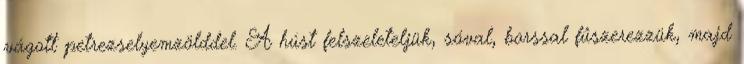
vágott petrezselyemzölddel. A húst felszeleteljük, sóval, borssal fűszerezzük, majd